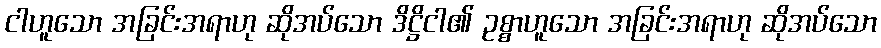
ငါဟူသော အခြင်းအရာဟု ဆိုအပ်သော ဒိဋ္ဌိငါ၏ ဥစ္စာဟူသော အခြင်းအရာဟု ဆိုအပ်သော